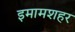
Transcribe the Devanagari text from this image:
इमामशहर